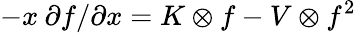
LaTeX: -x\: \partial f/\partial x=K\otimes f-V\otimes f^{2}